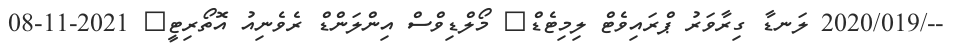
--/2020/019 ލަނޑާ ގިރާވަރު ޕްރައިވެޓް ލިމިޓެޑް	 މޯލްޑިވްސް އިންލަންޑް ރެވެނިއު އޮތޯރިޓީ	 2021-11-08